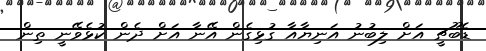
ޑެބޫޗީ އަށް ލިބުނު އަނިޔާއާ ގުޅިގެން އޭނާ އަށް ދެން ކުޅެވޭނީ ތިން